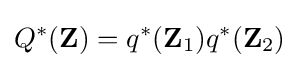
Q^{*}(\mathbf {Z} )=q^{*}(\mathbf {Z} _{1})q^{*}(\mathbf {Z} _{2})